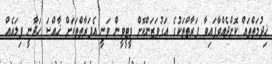
ޚިދުމަތްތައް ކޮށްދެއްވާފައިވާ ފަރާތްތަކުގެ އަގުވަޒަންކޮށް ވީޓީވީން ވަނީ އެފަރާތްތަކަށް ޚާއްސަ ހަދާނީ ފިލައެއް